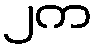
၂က